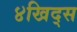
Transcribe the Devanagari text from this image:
४खिद्स